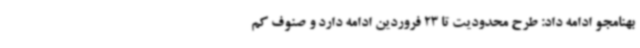
بهنامجو ادامه داد: طرح محدودیت تا 23 فروردین ادامه دارد و صنوف کم